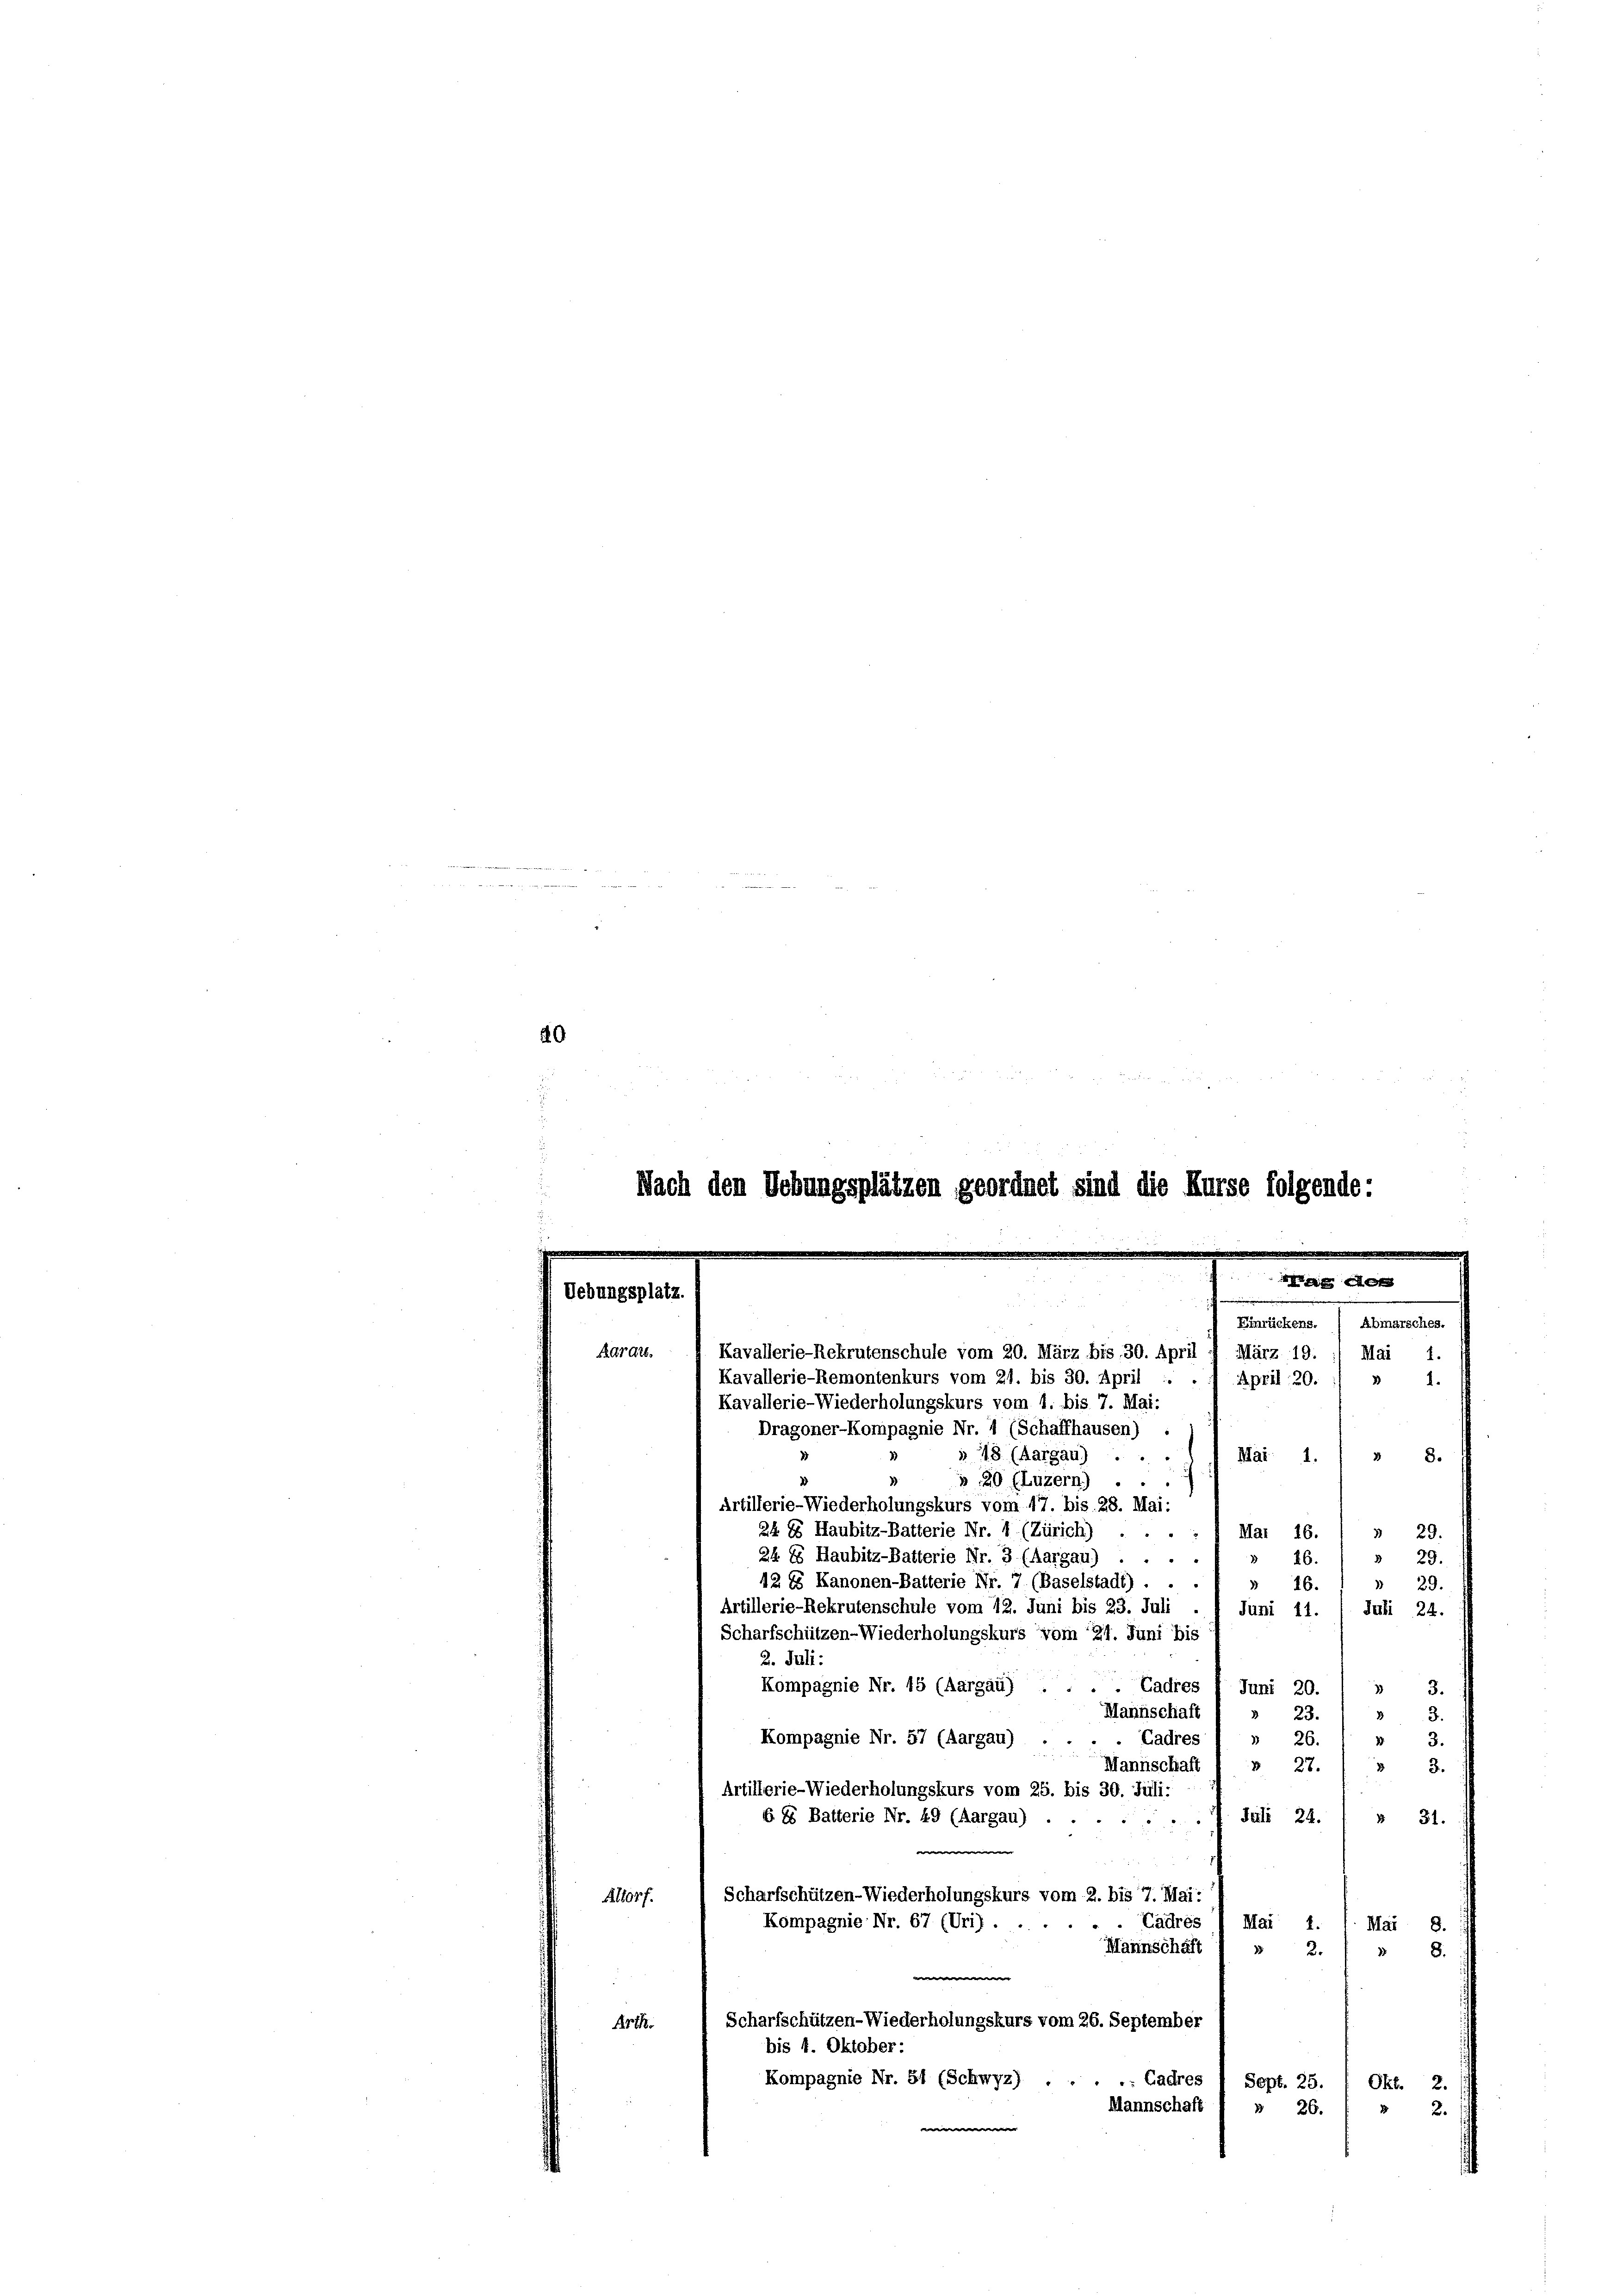
0

Nach den Uebungsplätzen geordnet sind die Kurse folgende:

Uebungsplatz.
Karatt.

Kavallerie-Rekrutenschule vom 20. März bis 30. April 1 März 19. 1) Mai 1.
Kavallerie-Remontenkurs vom 21. bis 30. April
Kavallerie-Wiederholungskurs vom 1. bis 7. Mai:
Dragoner-Kompagnie Nr. 1 (Schaffhausen) .

» 48 (Aargau) ....
3
3
» 20 (Luzern)
Artillerie-Wiederholungskurs vom 17. bis 28. Mai:
24 8 Haubitz-Batterie Nr. 1 (Zürich) . . . . 7 Mai 16.
§ 23.
24. 88 Haubitz-Batterie Nr. 3 (Aargau) ....
 26.
§ 23.
42 ts Kanonen-Batterie Nr. 7. (Baselstadt) . .
 16.
 29.
Artillerie-Rekrutenschule vom 12. Juni bis 23. Juli
Juni 14. / Juli 24.
Scharfschützen-Wiederholungskurs vom 24. Juni bis
2. Juli:
Kompagnie Nr. 15 (Aargau) . . . . Cadres
3.
Juni 20.
3
Mannschaft I » 23.
3
Kompagnie Nr. 57 (Aargau)
Cadres ) » 26.
3
Mannschaft
 3.
 28.
Artillerie-Wiederholungskurs vom 25. bis 30. Juli:
Juli 24.
6. Es Batterie Nr. 49 (Aargau) .....
 31.

Scharfschützen-Wiederholungskurs vom 2. bis 7. Mai:
Altorf.
Kompagnie Nr. 67 (Uri).
Tadres 1 Mai 1. 1. Mai
8.
Marnschaft
82.
d
8.
e
Scharfschützen-Wiederholungskurs vom 26. September
Arth.
bis 4. Oktober:
Kompagnie Nr. 51 (Schwyz) .
: Cadres 1 Sept. 25.
Okt. 2.
Mannschaft ( » 26.
 2

Abmarsches.
Einrückens.
April, 20. / » 1.
 8.
Mai: 1.